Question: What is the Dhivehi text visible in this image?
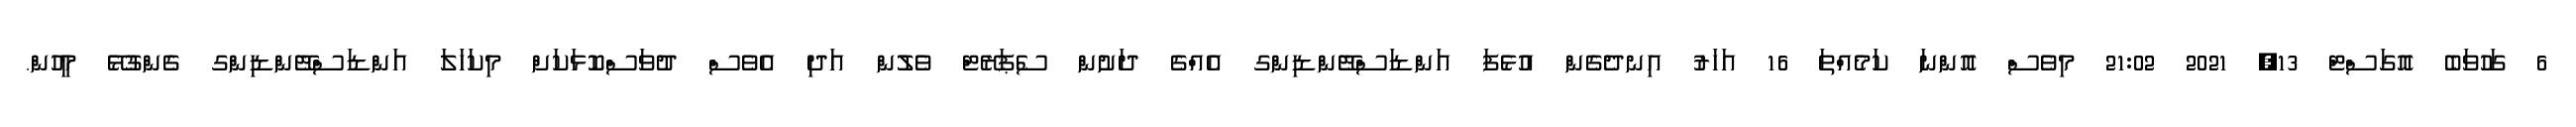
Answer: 6 ގަހުވަބެ އޮގަސްޓް 13, 2021 21:02 މިވެސް އޮންނަ ކަމެއްތަ 16 އަހަރު އިނދެގެން އުޅެފަ އަންޑަސްޓޭންޑިންގ އެއްގެ ދަށުން ސެޕަރޭޓް ވެލުން އަދި އެވެސް ދުވަސްކޮޅަކަށް މިކަހަލަ އަންޑަސްޓޭންޑިންގ ގެންގުޅޭ މީހުން.